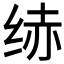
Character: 𱺝